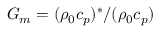
G _ { m } = ( \rho _ { 0 } c _ { p } ) ^ { * } / ( \rho _ { 0 } c _ { p } )